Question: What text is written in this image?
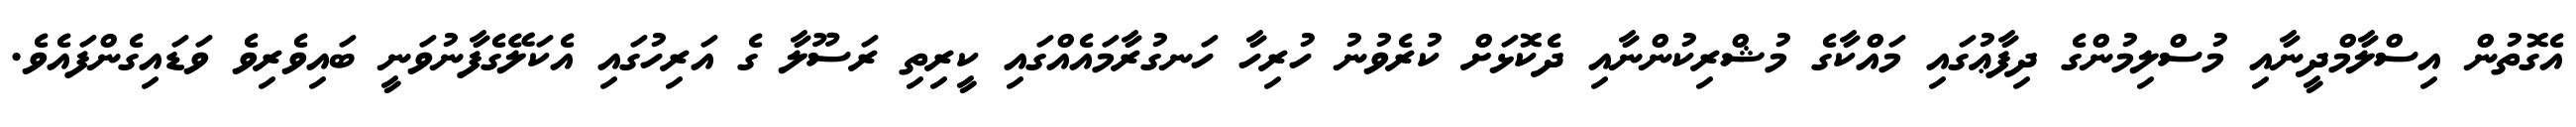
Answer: އެގޮތުން އިސްލާމްދީނާއި މުސްލިމުންގެ ދިފާޢުގައި މައްކާގެ މުޝްރިކުންނާއި ދެކޮޅަށް ކުރެވުނު ހުރިހާ ހަނގުރާމައެއްގައި ކީރިތި ރަސޫލާ ގެ އަރިހުގައި އެކަލޭގެފާނުވަނީ ބައިވެރިވެ ވަޑައިގެންފައެވެ.